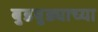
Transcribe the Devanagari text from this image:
बुडबुड्याच्या